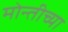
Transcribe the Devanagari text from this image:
मोन्तीच्या